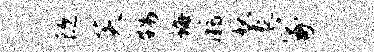
隧芙甥诲溺妖袤冢